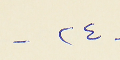
- ٢٤ -